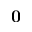
\mathbf { 0 }